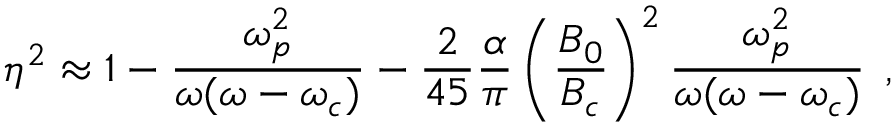
\eta ^ { 2 } \approx 1 - \frac { \omega _ { p } ^ { 2 } } { \omega ( \omega - \omega _ { c } ) } - \frac { 2 } { 4 5 } \frac { \alpha } { \pi } \left( \frac { B _ { 0 } } { B _ { c } } \right) ^ { 2 } \frac { \omega _ { p } ^ { 2 } } { \omega ( \omega - \omega _ { c } ) } \; \, ,